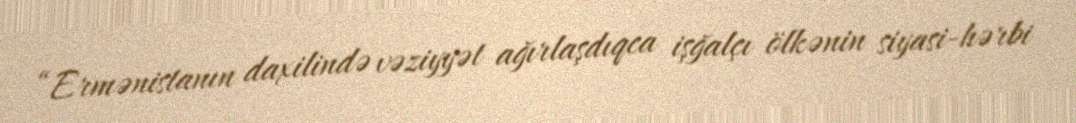
“Ermənistanın daxilində vəziyyət ağırlaşdıqca işğalçı ölkənin siyasi-hərbi